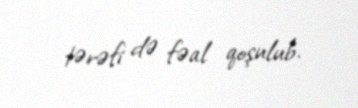
tərəfi də fəal qoşulub.